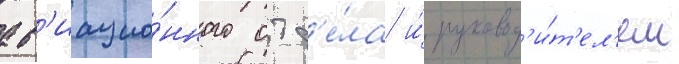
ав'иацио́нного отд'е́ла и́ руковод'и́т'ел'ем